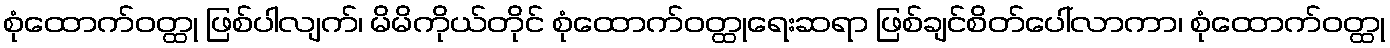
စုံထောက်ဝတ္ထု ဖြစ်ပါလျက်၊ မိမိကိုယ်တိုင် စုံထောက်ဝတ္ထုရေးဆရာ ဖြစ်ချင်စိတ်ပေါ်လာကာ၊ စုံထောက်ဝတ္ထု